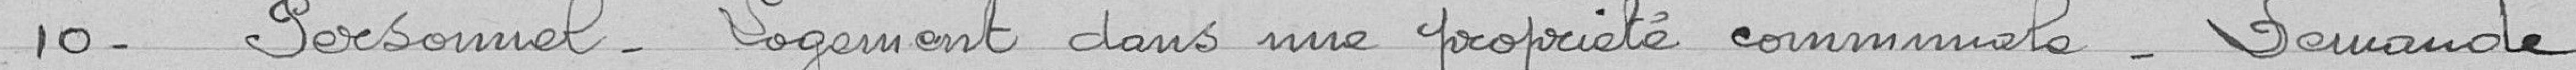
10 - Personnel. Logement dans une propriété communale. Demande